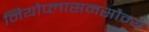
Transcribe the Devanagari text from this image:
नियोप्लासमसौम्य